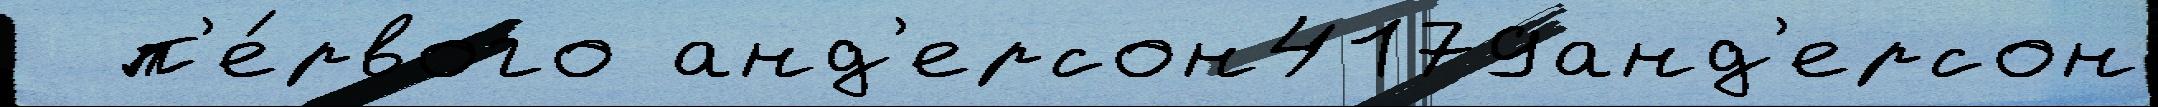
  п'е́рвого анд'ерсон4179анд'ерсон